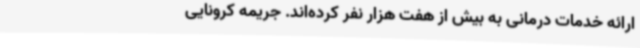
ارائه خدمات درمانی به بیش از هفت هزار نفر کرده‌اند. جریمه کرونایی